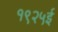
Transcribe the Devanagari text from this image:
१९२५ई